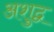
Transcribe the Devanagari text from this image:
अशुद्व